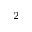
^ 2